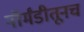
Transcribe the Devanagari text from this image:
नॉर्मंडीतूनच